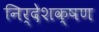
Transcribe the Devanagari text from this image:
निर्देशक्षण